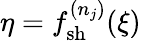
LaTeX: \eta=f_{\mathrm{{sh}}}^{(n_{j})}(\xi)